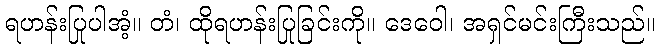
ရဟန်းပြုပါအံ့။ တံ၊ ထိုရဟန်းပြုခြင်းကို။ ဒေဝေါ၊ အရှင်မင်းကြီးသည်။